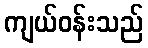
ကျယ်ဝန်းသည်